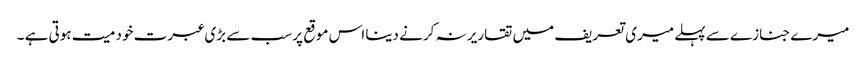
میرے جنازے سے پہلے میری تعریف میں تقاریر نہ کرنے دینا اس موقع پر سب سے بڑی عبرت خود میت ہوتی ہے ۔